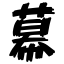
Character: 幕